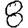
Digit: 8